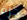
جرة